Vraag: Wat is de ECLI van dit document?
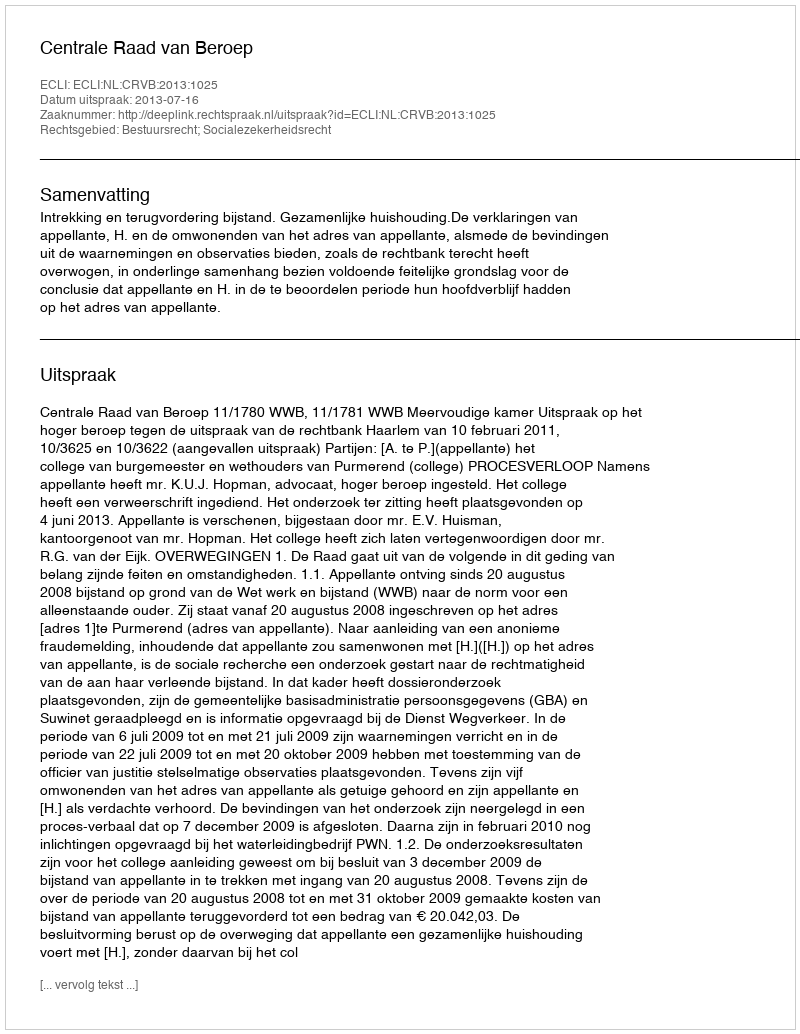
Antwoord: ECLI:NL:CRVB:2013:1025